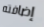
إضافته